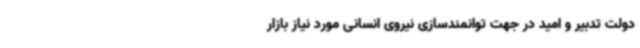
دولت تدبیر و امید در جهت توانمندسازی نیروی انسانی مورد نیاز بازار